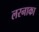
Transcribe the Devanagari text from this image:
लरनाका